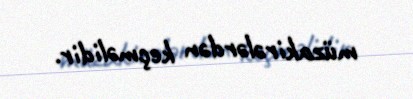
müzakirələrdən keçməlidir.